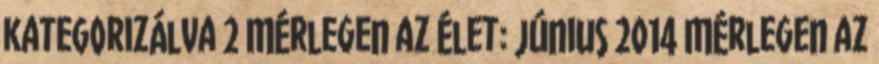
kategorizálva 2 Mérlegen az élet: június 2014 Mérlegen az